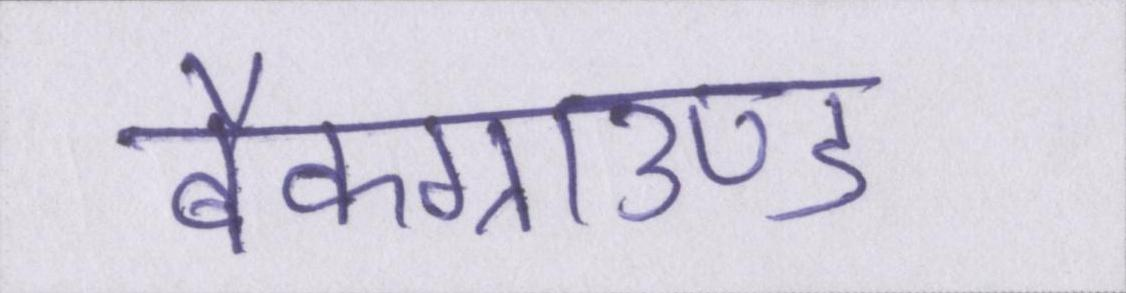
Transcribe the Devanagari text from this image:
बैकग्राउण्ड